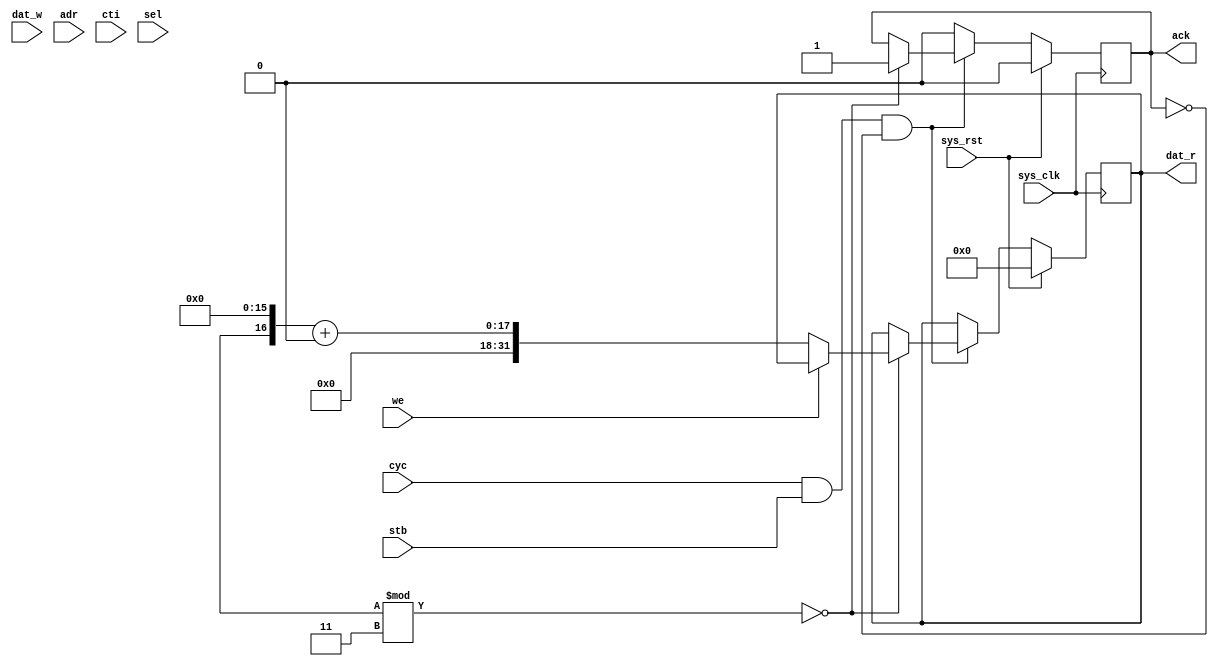
module slave #(
	parameter id = 0,
	parameter p = 3
) (
	input sys_clk,
	input sys_rst,
	
	input [31:0] dat_w,
	output reg [31:0] dat_r,
	input [31:0] adr,
	input [2:0] cti,
	input we,
	input [3:0] sel,
	input cyc,
	input stb,
	output reg ack
);

always @(posedge sys_clk) begin
	if(sys_rst) begin
		dat_r = 0;
		ack = 0;
	end else begin
		if(cyc & stb & ~ack) begin
			if(($random % p) == 0) begin
				ack = 1;
				if(~we)
					dat_r = ($random << 16) + id;
				if(we)
					$display("[S%d] Ack W: %x:%x [%x]", id, adr, dat_w, sel);
				else
					$display("[S%d] Ack R: %x:%x [%x]", id, adr, dat_r, sel);
			end
		end else
			ack = 0;
	end
end

endmodule